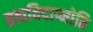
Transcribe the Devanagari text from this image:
ब्रह्मविदाप्नोति